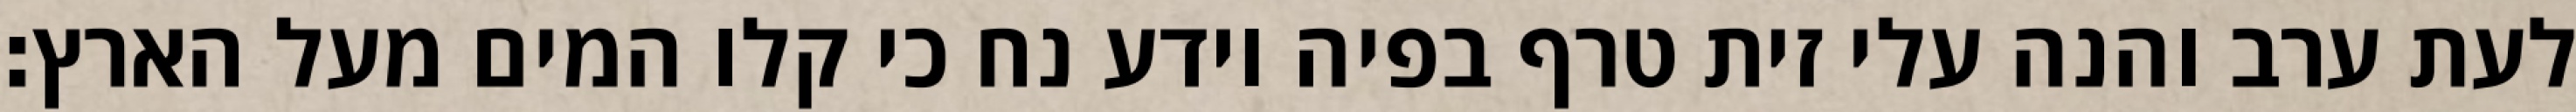
לעת ערב והנה עלי זית טרף בפיה וידע נח כי קלו המים מעל הארץ׃